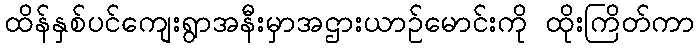
ထိန်နှစ်ပင်ကျေးရွာအနီးမှာအဌားယာဉ်မောင်းကို ထိုးကြိတ်ကာ